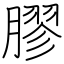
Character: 膠